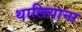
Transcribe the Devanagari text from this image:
थालियाना